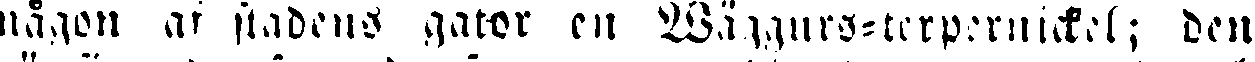
någon af stadens gator en Wäggars-terpernickel; den